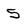
Character: 5